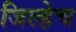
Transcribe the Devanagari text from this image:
जिल्हेच